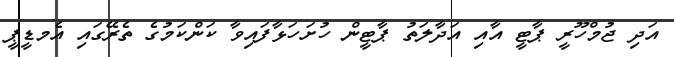
އަދި ޖުމްހޫރީ ޕާޓީ އާއި އަދާލަތު ޕާޓީން ހުށަހަޅާފައިވާ ކަންކަމުގެ ތެރޭގައި އެމޑީޕީ